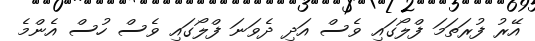
އޭރު ފުރަތަމަ ފްލޯގައި ވެސް އަދި ދެވަނަ ފްލޯގައި ވެސް ހުސް އެންމެ